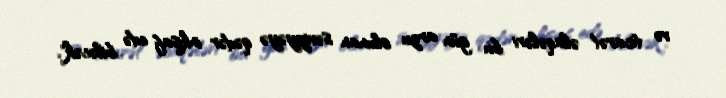
və ticarət əlaqələri bu gün arzu olunan səviyyəyə qədər inkişaf edə biləcək".